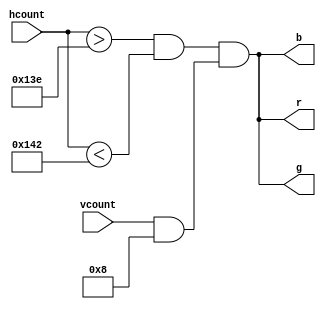
// Doty Darveaux
// ECEN 5863
// Pong Final Project

module centerline(
	input [9:0] hcount, vcount,
	output r, g, b );

	wire signal_midline;

	assign signal_midline = (hcount > 318) && (hcount < 322) && (vcount & 10'h008);

	assign r = signal_midline;
	assign g = signal_midline;
	assign b = signal_midline;

endmodule // frame